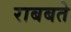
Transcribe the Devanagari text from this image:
राबबते